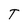
Character: T